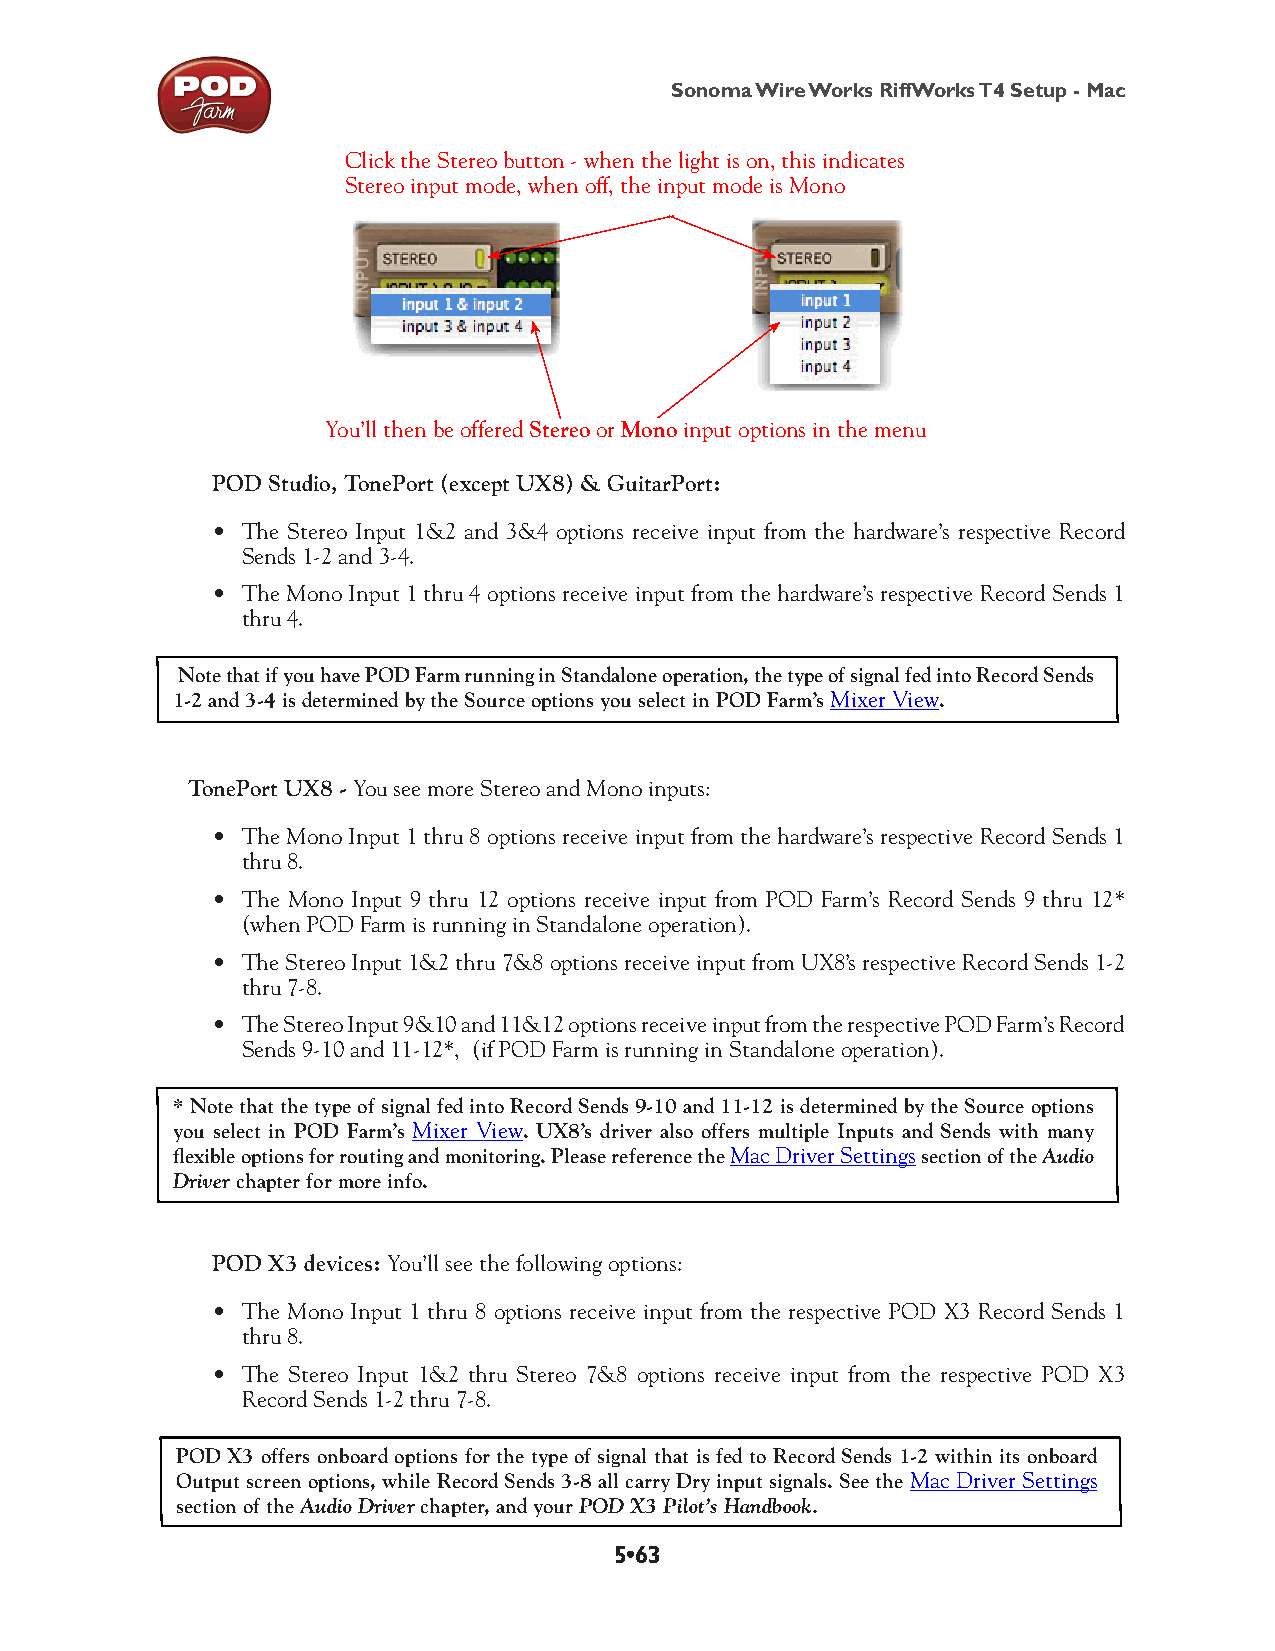
Sonoma Wire Works RiffWorks T4 Setup - Mac
 Click the Stereo button - when the light is on, this indicates
 Stereo input mode, when off, the input mode is Mono
 You’ll then be offered Stereo or Mono input options in the menu
 POD Studio, TonePort (except UX8) & GuitarPort:
 • The Stereo Input 1&2 and 3&4 options receive input from the hardware’s respective Record
 Sends 1-2 and 3-4.
 • The Mono Input 1 thru 4 options receive input from the hardware’s respective Record Sends 1
 thru 4.
 Note that if you have POD Farm running in Standalone operation, the type of signal fed into Record Sends
 1-2 and 3-4 is determined by the Source options you select in POD Farm’s Mixer View.
 TonePort UX8 - You see more Stereo and Mono inputs:
 • The Mono Input 1 thru 8 options receive input from the hardware’s respective Record Sends 1
 thru 8.
 • The Mono Input 9 thru 12 options receive input from POD Farm’s Record Sends 9 thru 12*
 (when POD Farm is running in Standalone operation).
 • The Stereo Input 1&2 thru 7&8 options receive input from UX8’s respective Record Sends 1-2
 thru 7-8.
 • The Stereo Input 9&10 and 11&12 options receive input from the respective POD Farm’s Record
 Sends 9-10 and 11-12*, (if POD Farm is running in Standalone operation).
 * Note that the type of signal fed into Record Sends 9-10 and 11-12 is determined by the Source options
 you select in POD Farm’s Mixer View. UX8’s driver also offers multiple Inputs and Sends with many
 flexible options for routing and monitoring. Please reference the Mac Driver Settings section of the Audio
 Driver chapter for more info.
 POD X3 devices: You’ll see the following options:
 • The Mono Input 1 thru 8 options receive input from the respective POD X3 Record Sends 1
 thru 8.
 • The Stereo Input 1&2 thru Stereo 7&8 options receive input from the respective POD X3
 Record Sends 1-2 thru 7-8.
 POD X3 offers onboard options for the type of signal that is fed to Record Sends 1-2 within its onboard
 Output screen options, while Record Sends 3-8 all carry Dry input signals. See the Mac Driver Settings
 section of the Audio Driver chapter, and your POD X3 Pilot’s Handbook.
 5•63